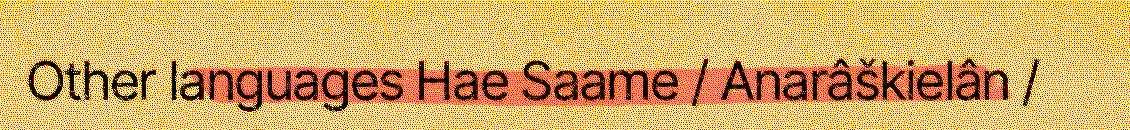
Other languages Hae Saame / Anarâškielân /